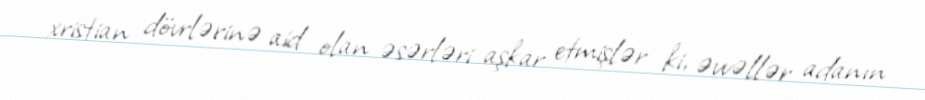
xristian dövrlərinə aid olan əsərləri aşkar etmişlər ki, əvvəllər adanın